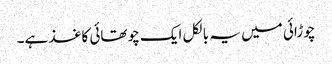
چوڑائی میں یہ بالکل ایک چوتھائی کاغذ ہے۔